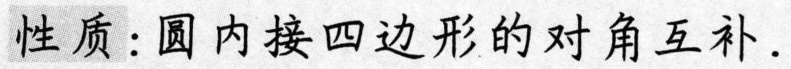
性质：圆内接四边形的对角互补.